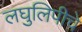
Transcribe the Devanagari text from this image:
लघुलिपीचे